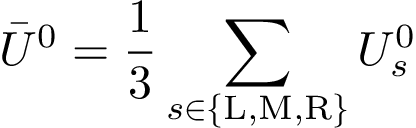
\bar { U } ^ { 0 } = \frac { 1 } { 3 } \sum _ { s \in \{ \mathrm { L } , \mathrm { M } , \mathrm { R } \} } U _ { s } ^ { 0 }